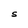
Character: S